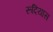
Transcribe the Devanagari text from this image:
रूदियास